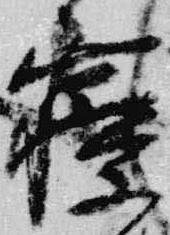
寝